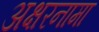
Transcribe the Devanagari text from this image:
अक्षरनामा